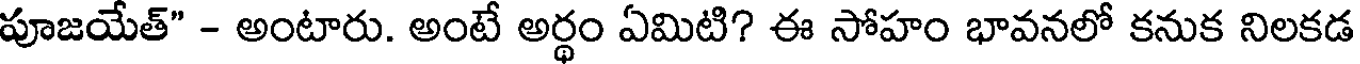
పూజయేత్" - అంటారు. అంటే అర్థం ఏమిటి? ఈ సోహం భావనలో కనుక నిలకడ